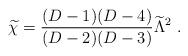
LaTeX: \begin{align*} {\widetilde \chi}={{(D-1)(D-4)}\over{(D-2)(D-3)}}{\widetilde\Lambda}^2~.\end{align*}